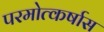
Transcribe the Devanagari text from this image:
परमोत्कर्षास